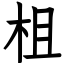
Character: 柤